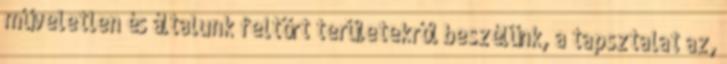
műveletlen és általunk feltört területekről beszélünk, a tapsztalat az,